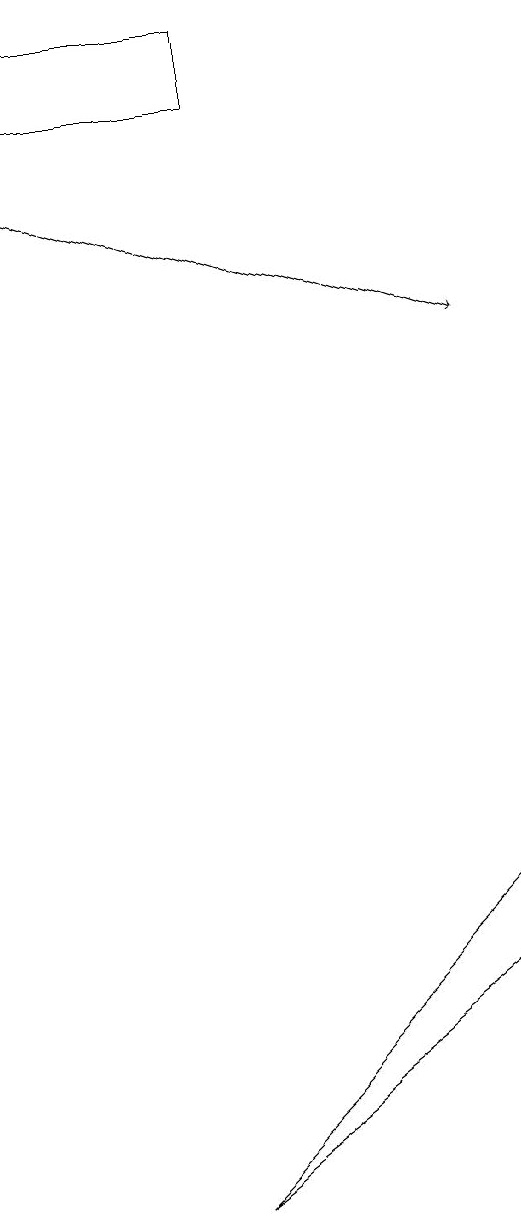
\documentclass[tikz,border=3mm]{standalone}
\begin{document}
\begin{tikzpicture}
\draw[->] (0,15) -- (6,13);
\draw (3,17) rectangle (0,16);
\draw (6,6) -- (2,2) -- (6,5) -- cycle;
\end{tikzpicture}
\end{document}